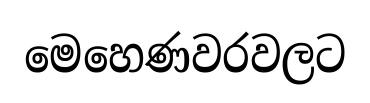
මෙහෙණවරවලට